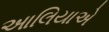
આલિયાએ